Bréfritari: Sigríður Pálsdóttir
Viðtakandi: Páll Pálsson
Dagsetning: A-1861-02-26
Skrifað á: Breiðabólsstað  Rang.
Páll var bróðir Sigríðar

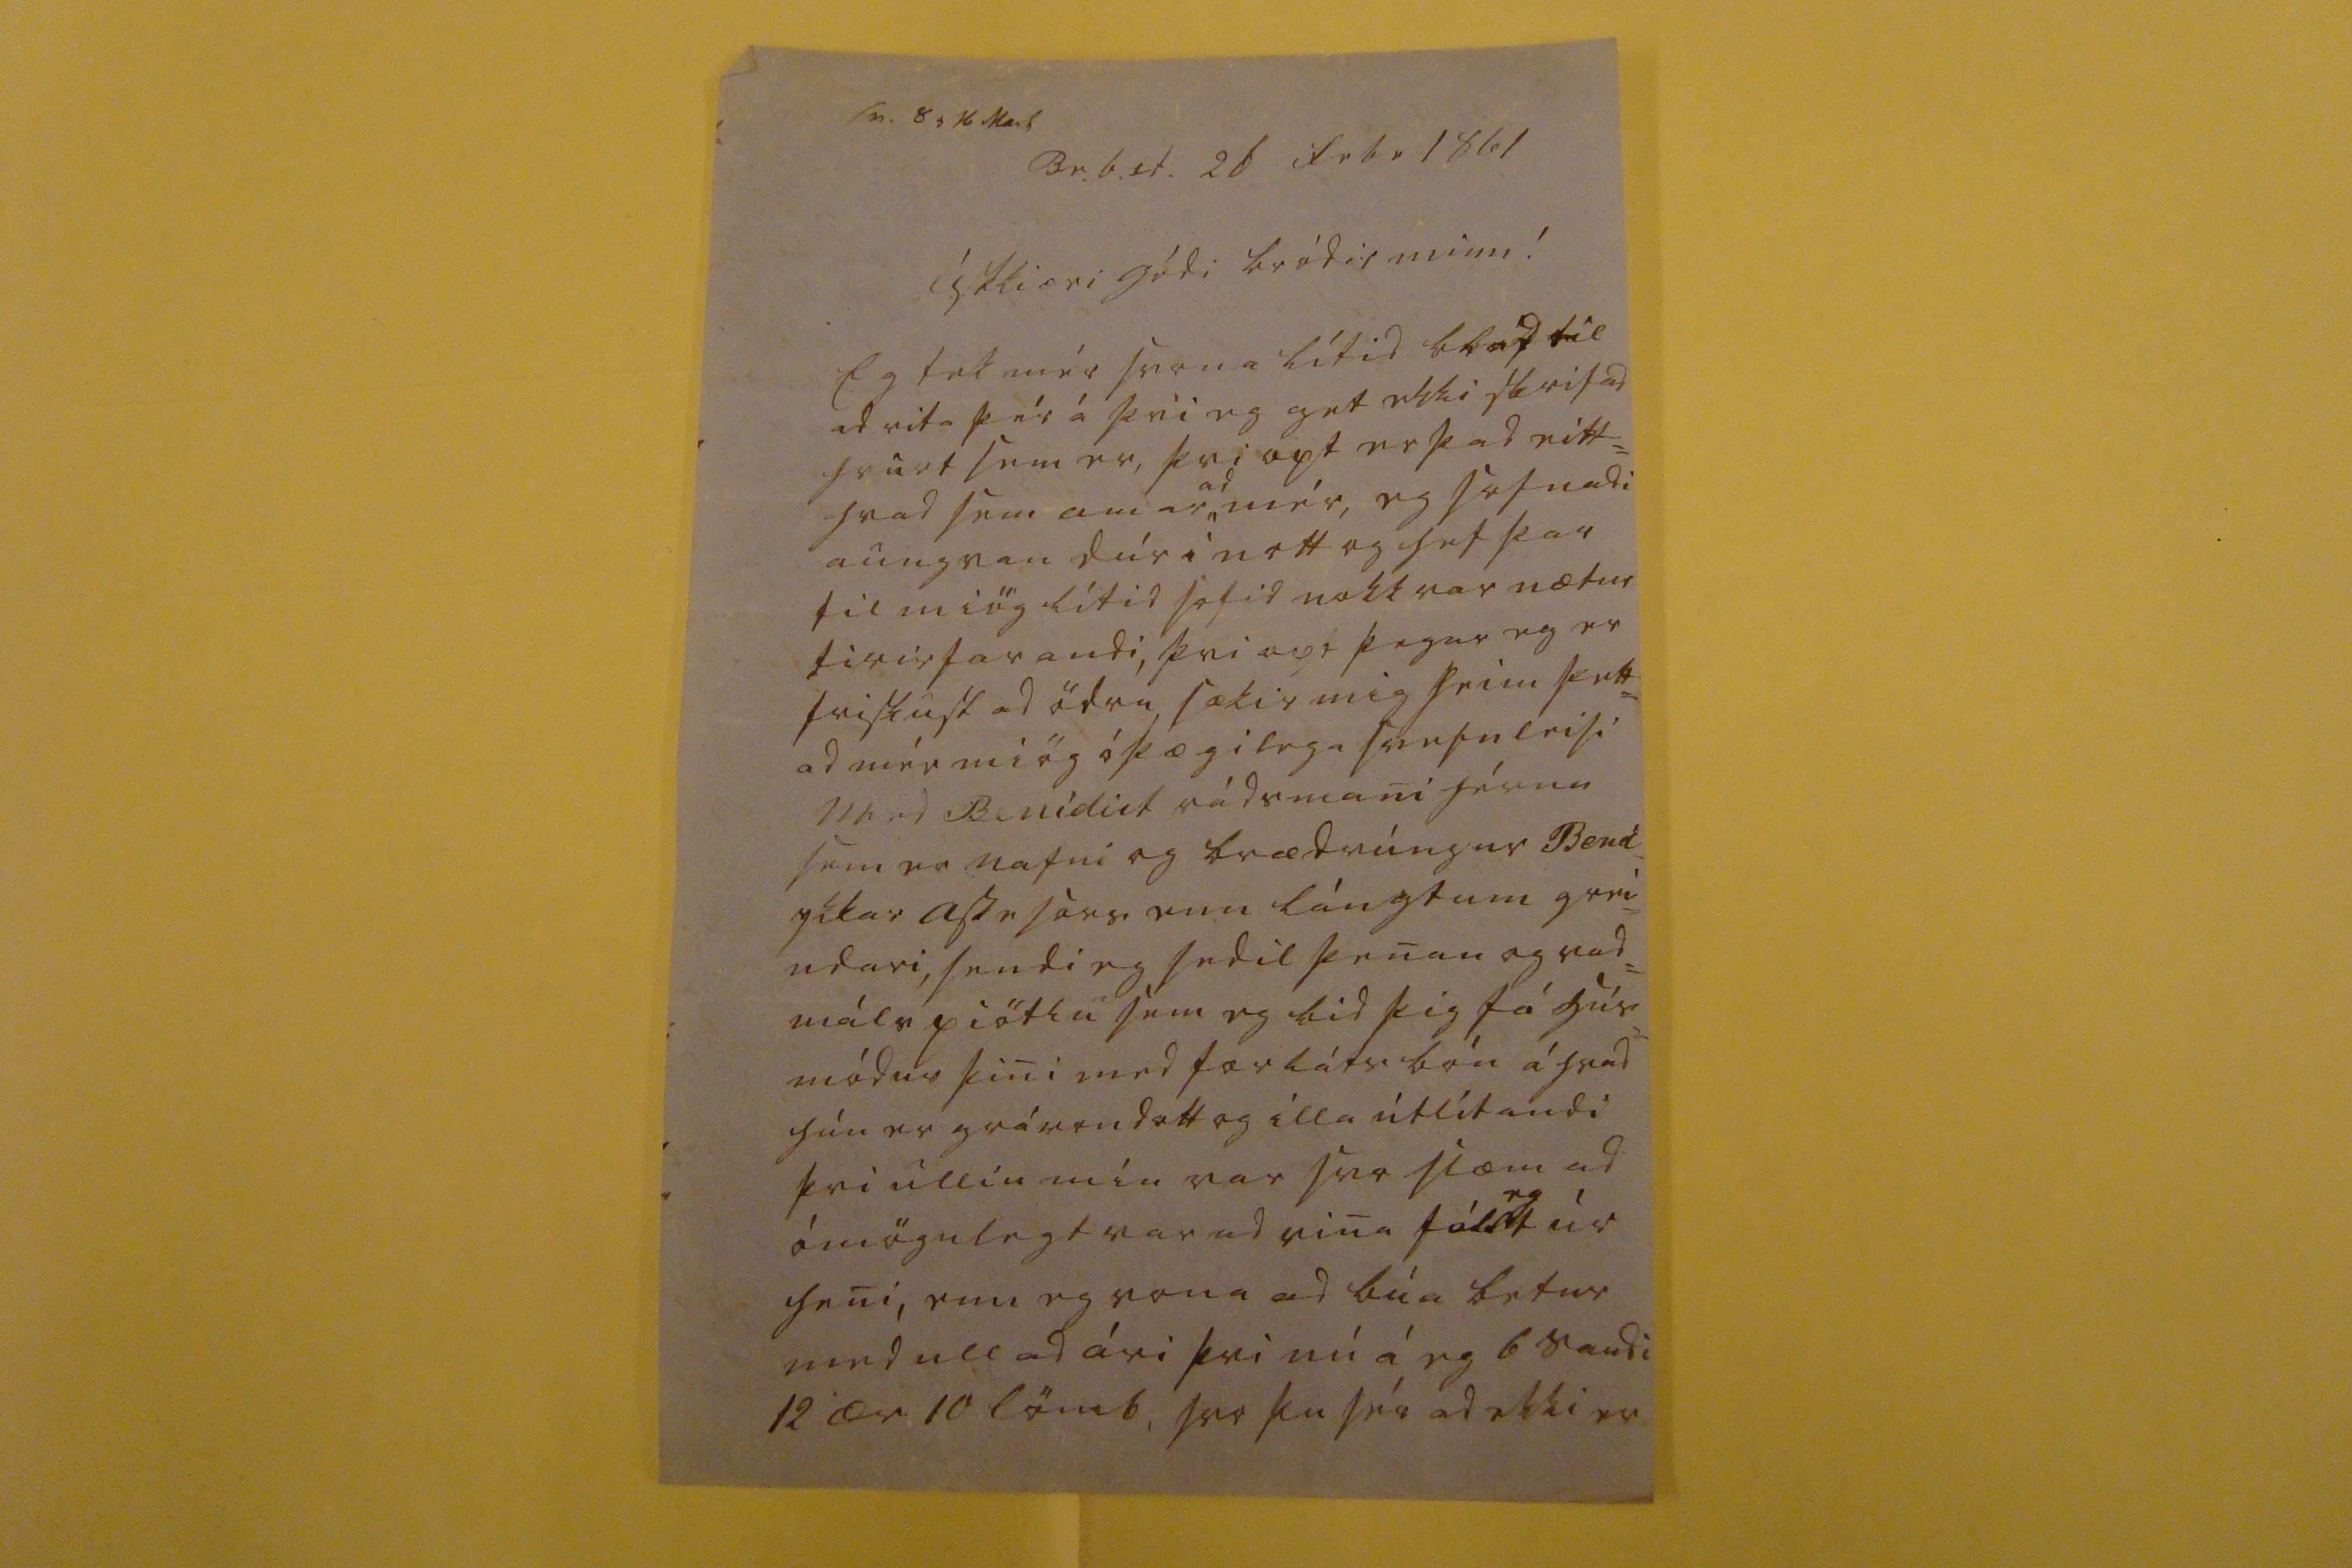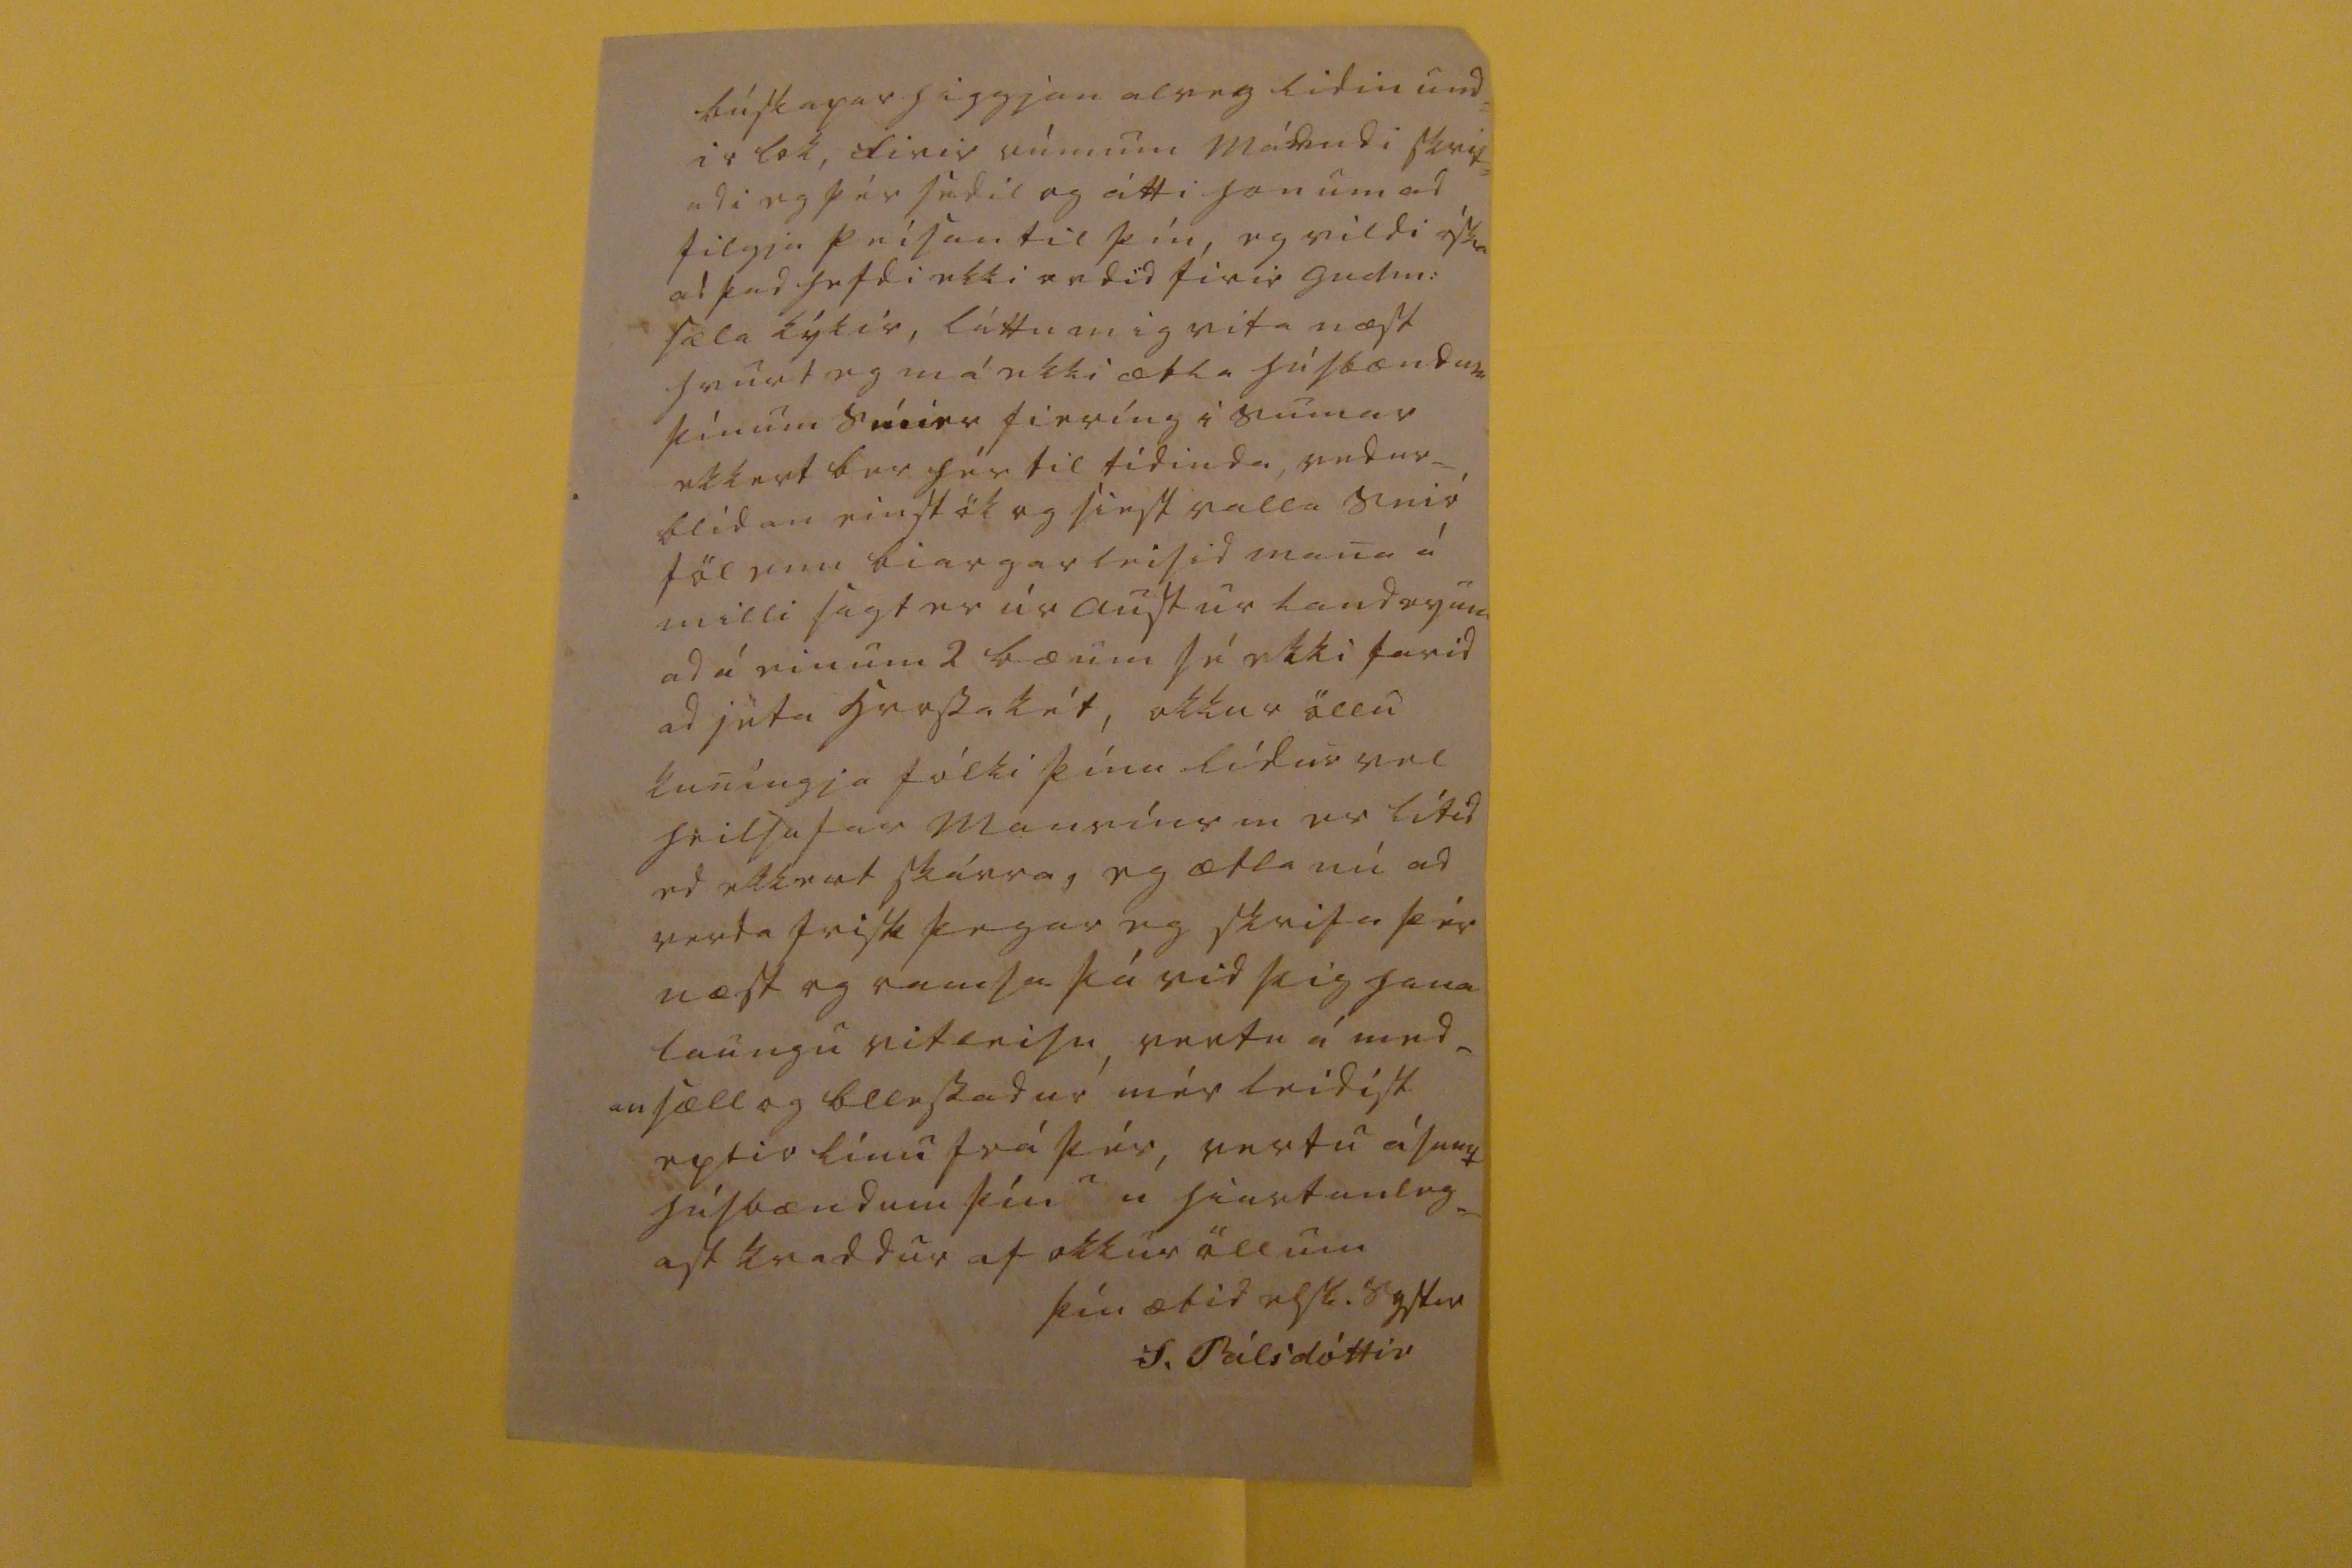

sv. 8 0 16 Mars
Br.b.st. 26 Febr 1861
Ástkiæri gódi bródir minn !
Eg tek mér svona lítid blad til ad rita þér á þvi eg get ekki skrifad hvurt sem er, þvi opt er þad eitt= hvad sem amar
ad
,, mér, eg sofnadi aungvan dúr i nott og hef þar til miög lítid sofid nokkvar nætur firirfarandi, þvi opt þegar eg er friskust ad ödru sækir mig þeim þett= ad mér miög óþægilega svefnleisi Med Benidict rádsmani hérna sem er nafni og brædrúngur Bend ykkar
Asse sars
enn lángtum grei= ndari, sendi eg sedil þenan og vad= málspiötlu sem eg bid þig fá hús módur þini med forláts bón á hvad hún er grávendott og illa útlítandi þvi ullin min var svo slæm ad ómögulegt var ad vina
fól00t
eg
úr heni, enn eg vona ad búa betur med ull ad ári þvi nú á eg 6 saudi 12 ær 10 lömb, svo þu sér ad ekki er
búskapar higgjan alveg lidin und= ir lok, firir rúmum mánudi skrif= adi eg þér sedil og átti honum ad filgja peisan til þín, ég vildi óska ad þad hefdi ekki ordid firir Gudm: sæla kýkir, láttu mig vita næst hvurt eg má ekki ætla húsbændum þínum smier
fieríng
i sumar ekkert ber hér til tídinda, vedur= blídan einstök og siest valla snió föl enn biargarleisid mana á milli sagt er úr austur Landeyum ad á einum 2 bæum sé ekki farid ad jéta hrossakét, okkur öllu kuníngja fólki þínu lídur vel heilsufar Mansins m er lítid
ed
ekkert skárra, eg ætla nú ad verda frisk þegar eg skrifa þér næst og ramsa þá vid þig hana laungu vitleisu, vertu á med_ an sæll og blessadur mér leidist eptir línu frá þér, vertu ásamt húsbændum þínum hiartanleg= ast kvaddur af okkur öllum
þín ætid elsk. systir
S. Pálsdóttir